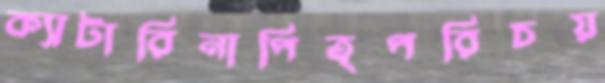
ক্যাটারিনাপিতৃপরিচয়